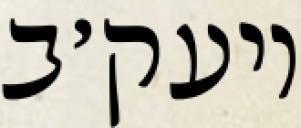
ויעק׳ב